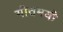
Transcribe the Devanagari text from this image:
गीतमयी